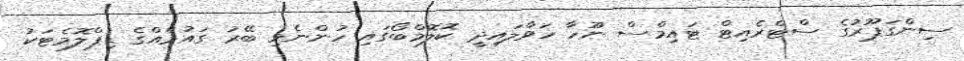
ސިންގަޕޫރުގެ ސްޓްރެއިޓް ޓައިމްސް ނޫހާ ހަވާލައިދީ ކޮލޮމްބޯގައި ހުންނެވި ބޭރު ގައުމެއްގެ ޑިޕްލޮމެޓަކު